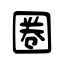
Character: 圈